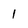
Character: 1